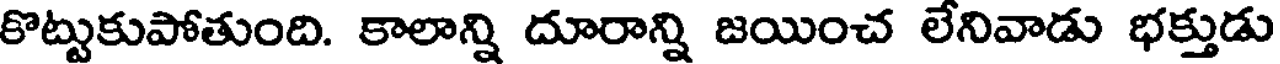
కొట్టుకుపోతుంది. కాలాన్ని దూరాన్ని జయించ లేనివాడు భక్తుడు